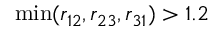
\operatorname* { m i n } ( r _ { 1 2 } , r _ { 2 3 } , r _ { 3 1 } ) > 1 . 2